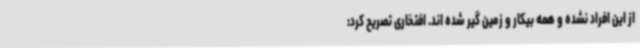
از این افراد نشده و همه بیکار و زمین گیر شده اند. افتخاری تصریح کرد: